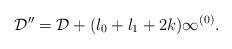
LaTeX: \begin{align*}\mathcal{D}^{\prime\prime} = \mathcal{D} + (l_0+l_1+2k)\infty^{(0)}.\end{align*}